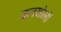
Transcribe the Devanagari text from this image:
कनसोलों